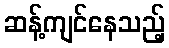
ဆန့်ကျင်နေသည့်